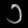
Digit: ၁